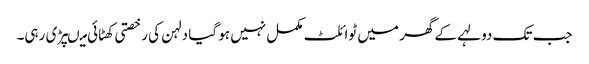
جب تک دولہے کے گھر میں ٹوائلٹ مکمل نہیں ہو گیا دلہن کی رخصتی کھٹائی میںپڑی رہی۔